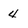
Character: 4